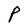
Character: P